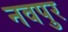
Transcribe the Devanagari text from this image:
नवपुर